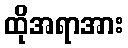
ထိုအရာအား